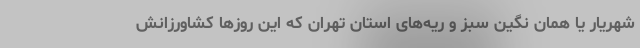
شهریار یا همان نگین سبز و ریه‌های استان تهران که این روزها کشاورزانش